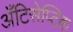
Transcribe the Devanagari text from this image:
अँटिसेप्टिक